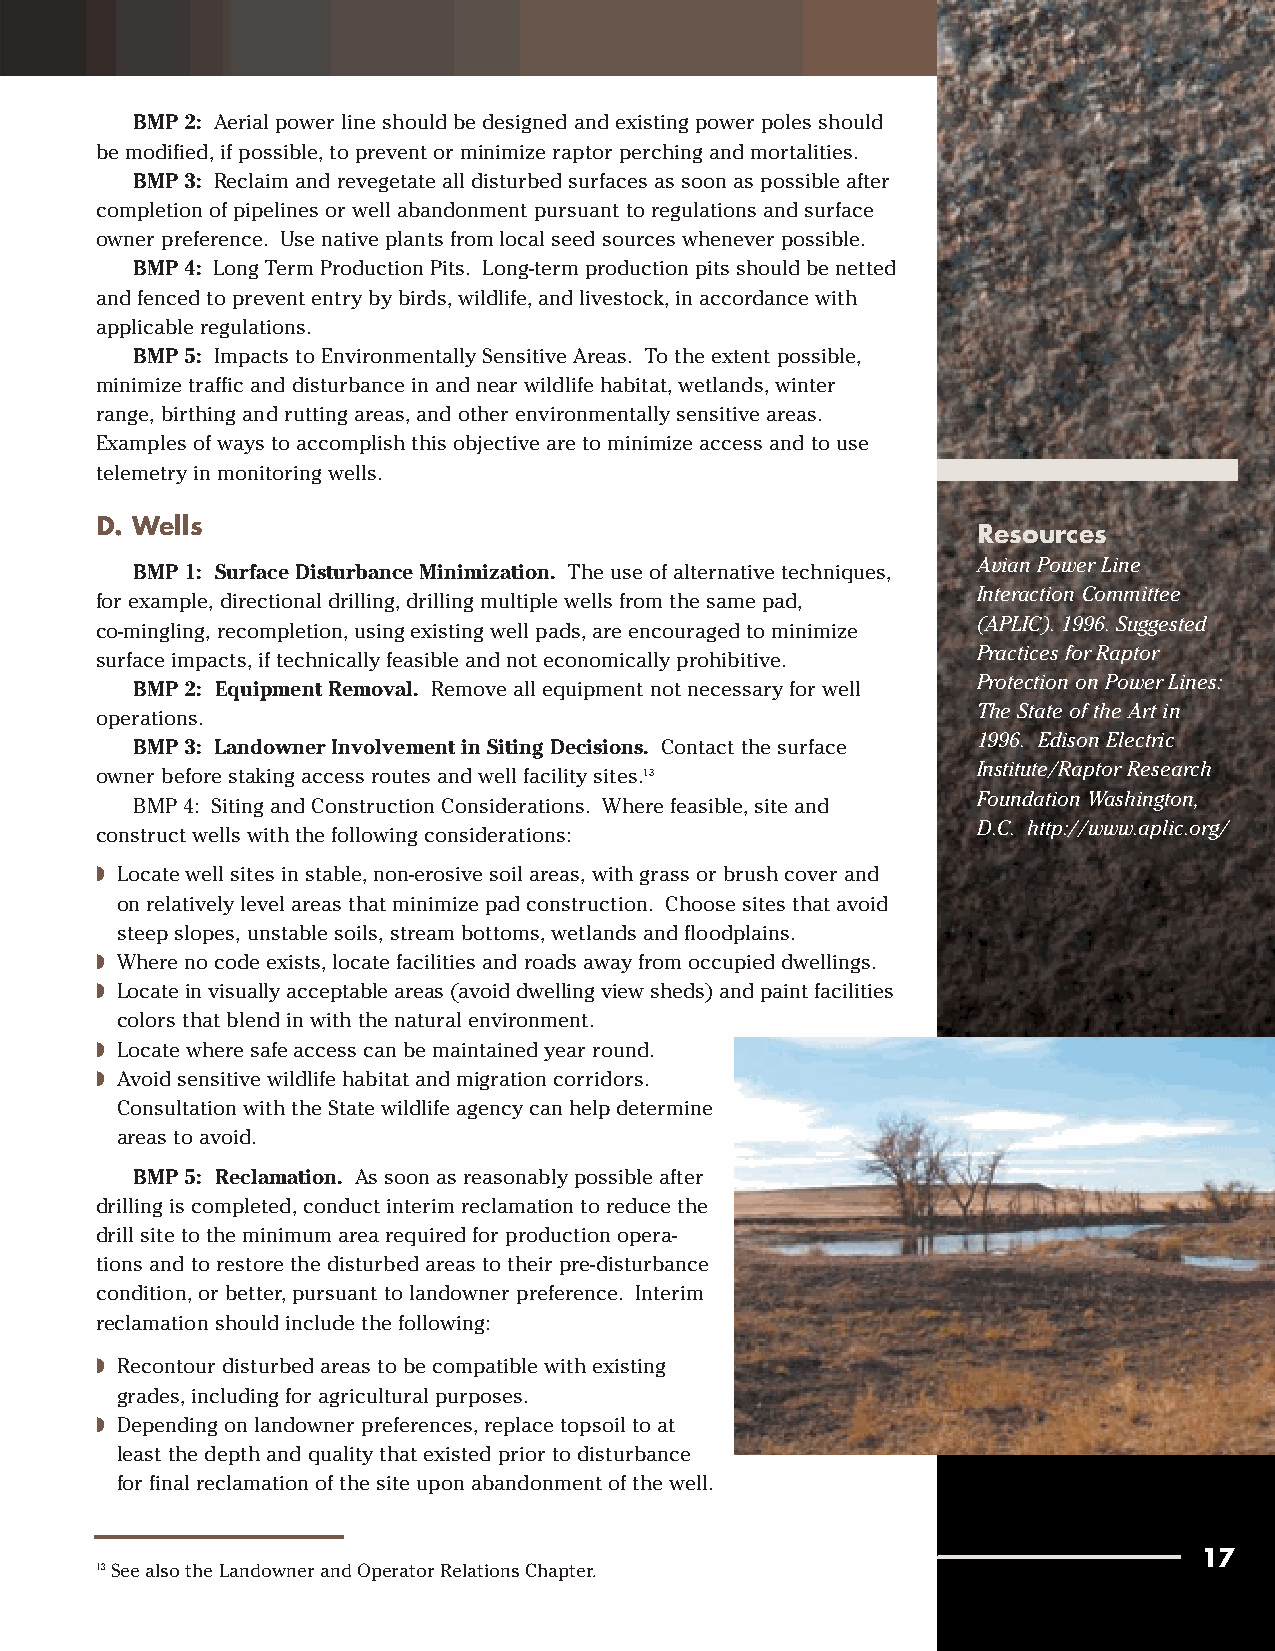
BMP 2: Aerial power line should be designed and existing power poles should
 be modified, if possible, to prevent or minimize raptor perching and mortalities.
 BMP 3: Reclaim and revegetate all disturbed surfaces as soon as possible after
 completion of pipelines or well abandonment pursuant to regulations and surface
 owner preference. Use native plants from local seed sources whenever possible.
 BMP 4: Long Term Production Pits. Long-term production pits should be netted
 and fenced to prevent entry by birds, wildlife, and livestock, in accordance with
 applicable regulations.
 BMP 5: Impacts to Environmentally Sensitive Areas. To the extent possible,
 minimize traffic and disturbance in and near wildlife habitat, wetlands, winter
 range, birthing and rutting areas, and other environmentally sensitive areas.
 Examples of ways to accomplish this objective are to minimize access and to use
 telemetry in monitoring wells.
 D. Wells
 Resources
 Avian Power Line
 BMP 1: Surface Disturbance Minimization. The use of alternative techniques,
 Interaction Committee
 for example, directional drilling, drilling multiple wells from the same pad,
 (APLIC). 1996. Suggested
 co-mingling, recompletion, using existing well pads, are encouraged to minimize
 Practices for Raptor
 surface impacts, if technically feasible and not economically prohibitive.
 Protection on Power Lines:
 BMP 2: Equipment Removal. Remove all equipment not necessary for well
 The State of the Art in
 operations.
 1996. Edison Electric
 BMP 3: Landowner Involvement in Siting Decisions. Contact the surface
 Institute/Raptor Research
 owner before staking access routes and well facility sites.13
 Foundation Washington,
 BMP 4: Siting and Construction Considerations. Where feasible, site and
 D.C. http://www.aplic.org/
 construct wells with the following considerations:
 ◗ Locate well sites in stable, non-erosive soil areas, with grass or brush cover and
 on relatively level areas that minimize pad construction. Choose sites that avoid
 steep slopes, unstable soils, stream bottoms, wetlands and floodplains.
 ◗ Where no code exists, locate facilities and roads away from occupied dwellings.
 ◗ Locate in visually acceptable areas (avoid dwelling view sheds) and paint facilities
 colors that blend in with the natural environment.
 ◗ Locate where safe access can be maintained year round.
 ◗ Avoid sensitive wildlife habitat and migration corridors.
 Consultation with the State wildlife agency can help determine
 areas to avoid.
 BMP 5: Reclamation. As soon as reasonably possible after
 drilling is completed, conduct interim reclamation to reduce the
 drill site to the minimum area required for production opera-
 tions and to restore the disturbed areas to their pre-disturbance
 condition, or better, pursuant to landowner preference. Interim
 reclamation should include the following:
 ◗ Recontour disturbed areas to be compatible with existing
 grades, including for agricultural purposes.
 ◗ Depending on landowner preferences, replace topsoil to at
 least the depth and quality that existed prior to disturbance
 for final reclamation of the site upon abandonment of the well.
 17
 13See also the Landowner and Operator Relations Chapter.